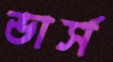
ভার্স